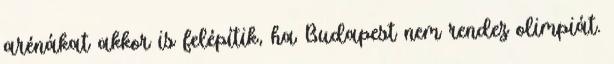
arénákat akkor is felépítik, ha Budapest nem rendez olimpiát.